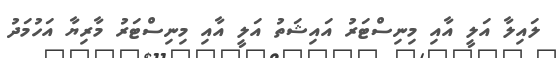
ލައިލާ އަލީ އާއި މިނިސްޓަރު އައިޝަތު އަލީ އާއި މިނިސްޓަރު މާރިޔާ އަހުމަދު